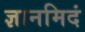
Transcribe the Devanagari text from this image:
ज्ञानमिदं